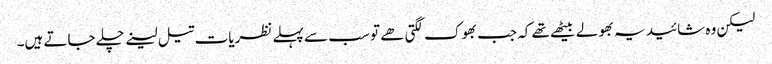
لیکن وہ شائید یہ بھولے بیٹھے تھے کہ جب بھوک لگتی ھے تو سب سے پہلے نظریات تیل لینے چلے جاتے ہیں۔